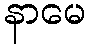
နာမေ